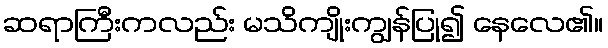
ဆရာကြီးကလည်း မသိကျိုးကျွန်ပြု၍ နေလေ၏။